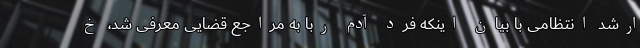
ارشد انتظامی با بیان اینکه فرد آدم ربا به مراجع قضایی معرفی شد، خ